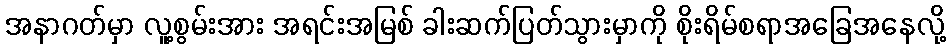
အနာဂတ်မှာ လူ့စွမ်းအား အရင်းအမြစ် ခါးဆက်ပြတ်သွားမှာကို စိုးရိမ်စရာအခြေအနေလို့